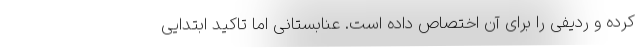
کرده و ردیفی را برای آن اختصاص داده است. عنابستانی اما تاکید ابتدایی